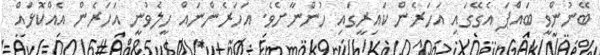
ބޭނުންވީ ބައްޕަ އެގޭގައި އަހަރެން ކައިރީގައި ހުންނާށެވެ. އަހަރެންނައް ހީލެވުނީ އަހަރެން އެއްކޮޅައް